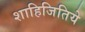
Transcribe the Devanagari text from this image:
शाहिजितिये